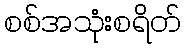
စစ်အသုံးစရိတ်